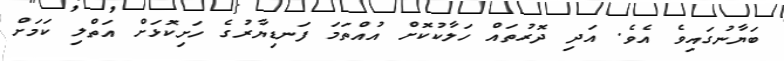
ބަޔާނުގައިވެ އެވެ. އަދި ދޮރުތައް ހަލާކުކޮށް އުއްތަމަ ފަނޑިޔާރުގެ ހަށިކޮޅަށް އަތްލި ކަމަށް